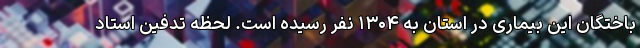
باختگان این بیماری در استان به ۱۳۰۴ نفر رسیده است. لحظه تدفین استاد